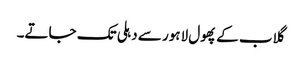
گلاب کے پھول لاہور سے دہلی تک جاتے۔